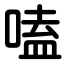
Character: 嗑